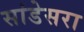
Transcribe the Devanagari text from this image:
सांडेसरा